Annual report of the Central Committee of the Association together with the report of the directors of the Pasteur Institute at Kasauli
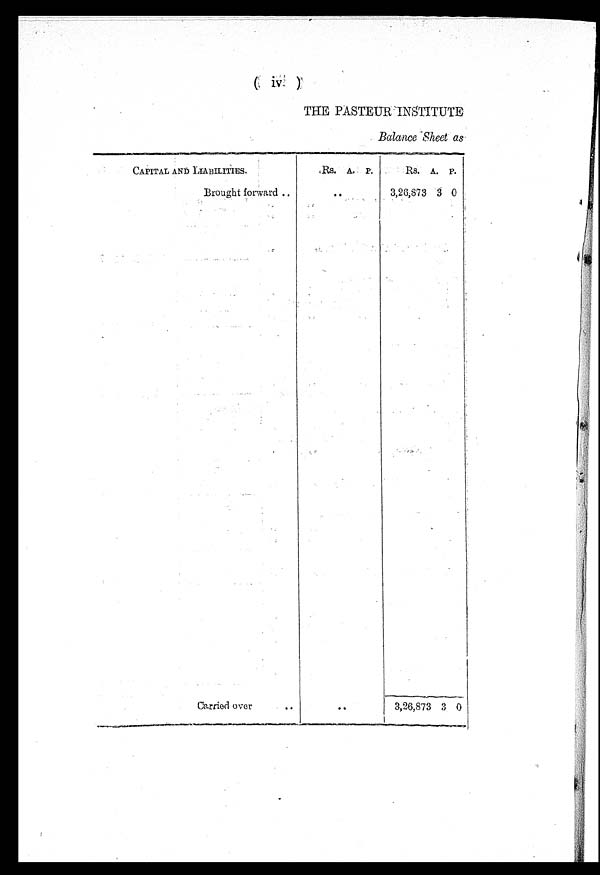
(iv)
THE PASTEUR INSTITUTE
Balance Sheetas
CAPITAL AND LIABILITIES.
Rs.
A.
p.
Rs.
A. P
Brought forward
3,26,873 3
0
I
Carried over
• •
3,26,873 3 0